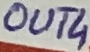
Text: OUT4